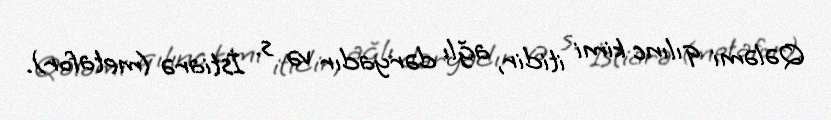
Qələmi qılınc kimi itidir, ağlı dəryadır və s. İstiarə (metafor).